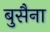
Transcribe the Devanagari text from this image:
बुसैना